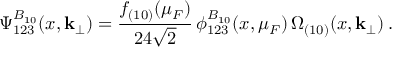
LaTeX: \Psi _ { 1 2 3 } ^ { B _ { 1 0 } } ( x , { \bf k _ { \perp } } ) = \frac { f _ { ( 1 0 ) } ( \mu _ { F } ) } { 2 4 \sqrt { 2 } } \, \phi _ { 1 2 3 } ^ { B _ { 1 0 } } ( x , \mu _ { F } ) \, \Omega _ { ( 1 0 ) } ( x , { \bf k _ { \perp } } ) \: .